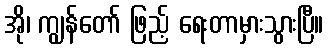
အို၊ ကျွန်တော် ဖြည့် ရေးတာမှားသွားပြီ။